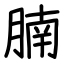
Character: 腩